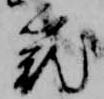
籠